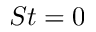
S t = 0